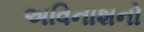
અવિનાશનો